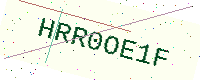
Text: HRR0OE1F